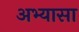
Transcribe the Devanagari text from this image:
अभ्यासा